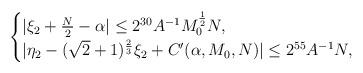
LaTeX: \begin{align*} \begin{cases}|\xi_2 + \frac{N}{2} - \alpha| \leq 2^{30}A^{-1} M_0^{\frac{1}{2}} N,\\|\eta_2 - (\sqrt{2}+1)^{\frac{2}{3}} \xi_2+ C'(\alpha, M_0,N) | \leq 2^{55} A^{-1} N,\end{cases}\end{align*}